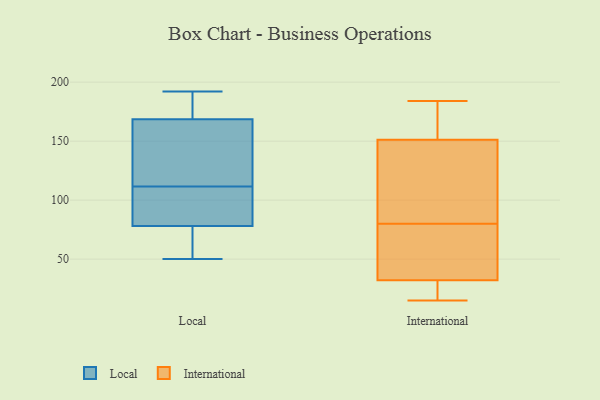
{"axis": {"x": "Conversion Rate (%)", "y": "Value"}, "legend": ["International", "Local"], "data": [{"x": "", "y": 189, "type": "Local"}, {"x": "", "y": 157, "type": "Local"}, {"x": "", "y": 192, "type": "Local"}, {"x": "", "y": 160, "type": "Local"}, {"x": "", "y": 101, "type": "Local"}, {"x": "", "y": 72, "type": "Local"}, {"x": "", "y": 59, "type": "Local"}, {"x": "", "y": 62, "type": "Local"}, {"x": "", "y": 169, "type": "Local"}, {"x": "", "y": 172, "type": "Local"}, {"x": "", "y": 87, "type": "Local"}, {"x": "", "y": 170, "type": "Local"}, {"x": "", "y": 50, "type": "Local"}, {"x": "", "y": 168, "type": "Local"}, {"x": "", "y": 136, "type": "Local"}, {"x": "", "y": 97, "type": "Local"}, {"x": "", "y": 84, "type": "Local"}, {"x": "", "y": 84, "type": "Local"}, {"x": "", "y": 122, "type": "Local"}, {"x": "", "y": 57, "type": "Local"}, {"x": "", "y": 19, "type": "International"}, {"x": "", "y": 80, "type": "International"}, {"x": "", "y": 126, "type": "International"}, {"x": "", "y": 184, "type": "International"}, {"x": "", "y": 15, "type": "International"}, {"x": "", "y": 156, "type": "International"}, {"x": "", "y": 21, "type": "International"}, {"x": "", "y": 170, "type": "International"}, {"x": "", "y": 162, "type": "International"}, {"x": "", "y": 61, "type": "International"}, {"x": "", "y": 137, "type": "International"}, {"x": "", "y": 26, "type": "International"}, {"x": "", "y": 50, "type": "International"}, {"x": "", "y": 92, "type": "International"}, {"x": "", "y": 77, "type": "International"}]}